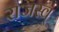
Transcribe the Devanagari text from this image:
राजस्व्